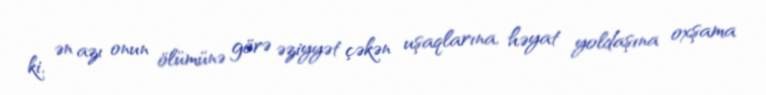
ki, ən azı onun ölümünə görə əziyyət çəkən uşaqlarına, həyat yoldaşına oxşama